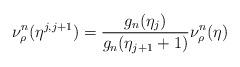
LaTeX: \begin{align*}\nu^n_\rho (\eta^{ j , j + 1 } ) = \frac{ g_n ( \eta_j ) }{ g_n (\eta_{ j + 1} + 1 ) } \nu^n_\rho (\eta) \end{align*}